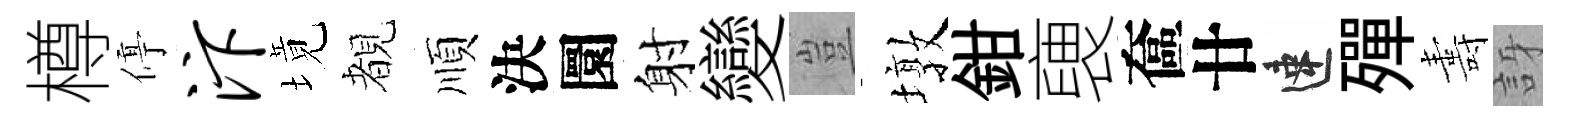
樽停汴境覩順決圜射變豈墩鉗褏奩廿速殫夀訝